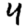
Digit: 4